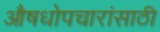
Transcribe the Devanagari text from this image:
औषधोपचारांसाठी